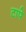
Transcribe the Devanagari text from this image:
टापे